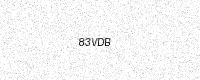
Text: 83VDB